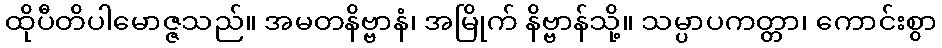
ထိုပီတိပါမောဇ္ဇသည်။ အမတနိဗ္ဗာနံ၊ အမြိုက် နိဗ္ဗာန်သို့။ သမ္ပာပကတ္တာ၊ ကောင်းစွာ